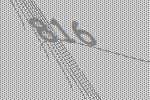
816